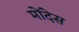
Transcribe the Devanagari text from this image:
मोंदेस